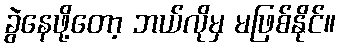
ခွဲနေဖို့တော့ ဘယ်လိုမှ မဖြစ်နိုင်။